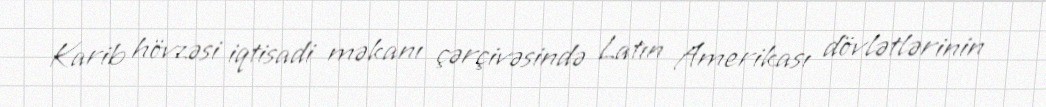
Karib hövzəsi iqtisadi məkanı çərçivəsində Latın Amerikası dövlətlərinin